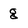
Character: g